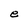
Character: e